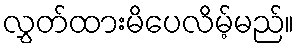
လွှတ်ထားမိပေလိမ့်မည်။